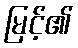
မြင့်၏